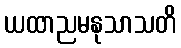
ယထာညမနုသာသတိ